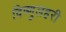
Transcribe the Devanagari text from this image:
विष्णुलहरी